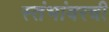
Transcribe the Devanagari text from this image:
स्तंभांवरची